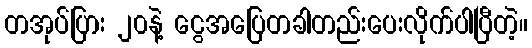
တအုပ်ပြား ၂၀နဲ့ ငွေအပြေတခါတည်းပေးလိုက်ပါပြီတဲ့။